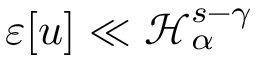
\varepsilon [ u ] \ll \mathcal { H } _ { \alpha } ^ { s - \gamma }